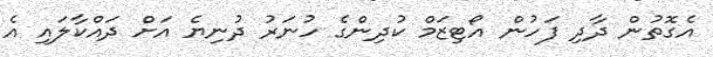
އެގޮތުން ދާދި ފަހުން އޯޓިޒަމް ކުދިންގެ ހުނަރު ދުނިޔެ އަށް ދައްކާލައި އެ